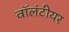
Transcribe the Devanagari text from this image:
वॉलंटीयर